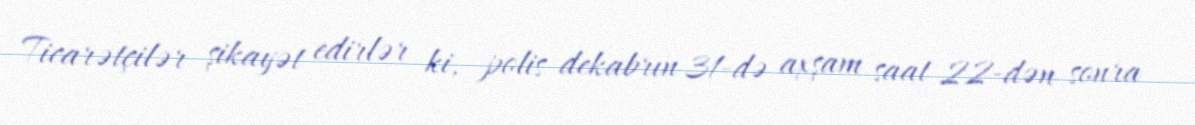
Ticarətçilər şikayət edirlər ki, polis dekabrın 31-də axşam saat 22-dən sonra